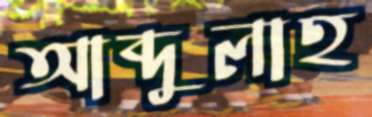
আব্দুলাহ